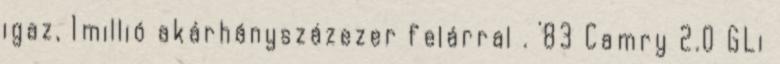
igaz, 1millió akárhányszázezer felárral . '83 Camry 2.0 GLi